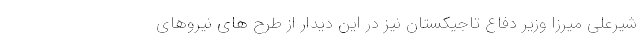
شیرعلی میرزا وزیر دفاع تاجیکستان نیز در این دیدار از طرح های نیروهای